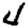
Digit: 4